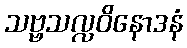
သဗ္ဗသလ္လဝိနောဒနံ